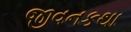
જીવનકથા